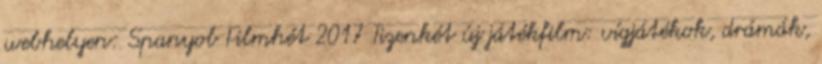
webhelyen: Spanyol Filmhét 2017 Tizenkét új játékfilm: vígjátékok, drámák,